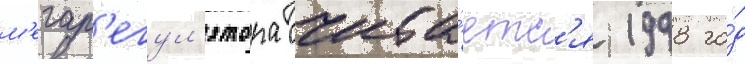
м'егар'егул'ятора счита́етс'я 1998 го́д